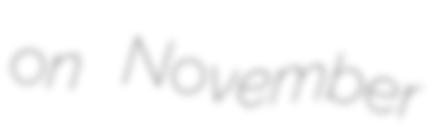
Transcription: on November